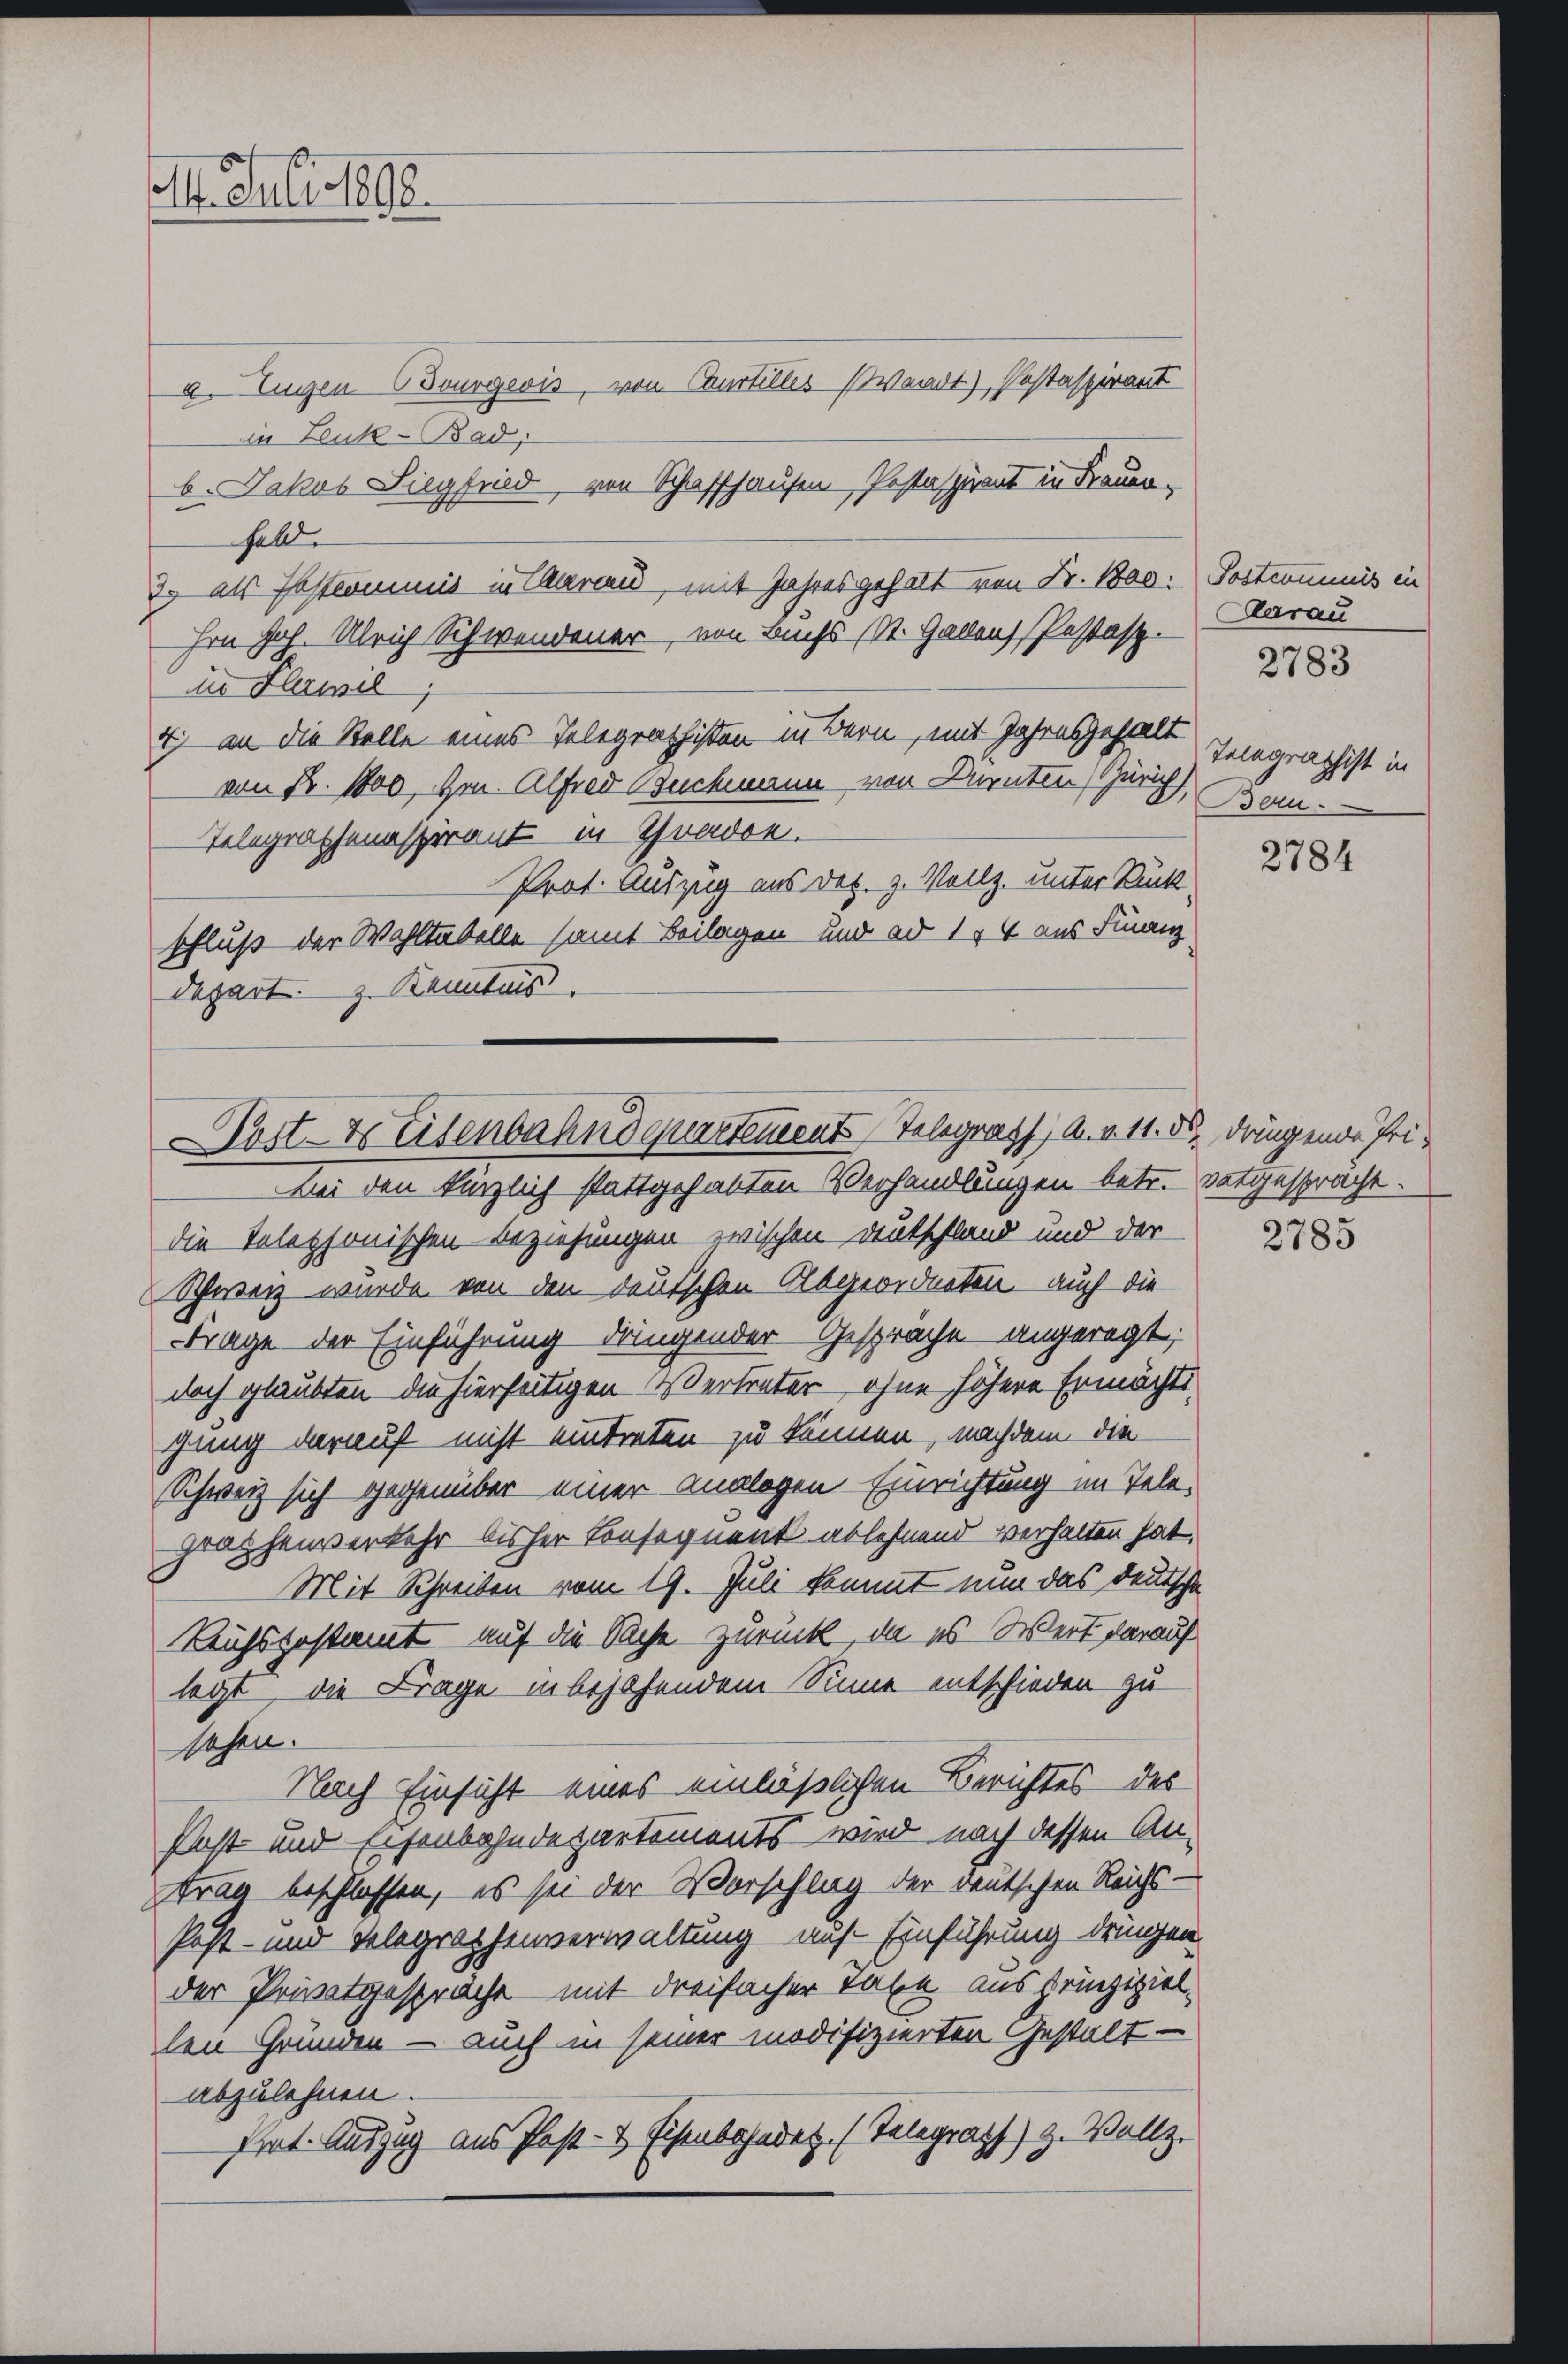
I. Juli 1892.

in Leuk-Bad;
halde
in Flermil
Telegraphenaspirant in Tradon.
schluß der Wahltabelle samt Beilagen und ad 1, 4 aus Finanz
depart. Z. Kenntnis.

ost- & Eisenbahndquartement Telegraff, A. v. 11.
Bei den kürzlich stattgehabten Verhandlungen betr. vatgespracht.

2. Eugen Bourgeois, von Caurtilles (Waadt), Pestaspirant
b. Jakus Siegfrid von Schaffhausen Pestaspirant in Frauen-
2. als Pastcommis in Charan mit Jahres gehalt von Fr. 100. Postcommis in
Hrn Joh. Ulrich Schwendener, von Buchs (St. Gallen, Pestasz.
d) an die Stelle eines Telegrathisten in Bern, mit Jahresgehalt
von Fr. 1800, Hr. Alfred Buchmann von Dürnten Zürich
Prof. Auszug aus Dez. z. Vollz. unter Rück¬

die Telephonischen Beziehungen zwischen Deutschland und der
Schweiz wurde von den deutschen Abgeordneten auch die
Frage der Einführung dringender Gespräche angeregt;
doch glaubten die hierseitigen Vertreter, ohne höhere Ermächte,
gung darauf nicht eintreten zu können, nachdem die
Schweiz sich gegenüber einer analogen. Einrichtung im Telegraphenverkehr bisher Consegnent ablehnend verhalten hat.
Mit Schreiben vom 19. Juli kommt nun das deutsche
Reichsgestamt auf die Sache zurück, da es Wert darauf
legt, die Frage in bejahendem Sinne entschieden zu
sehen.
Nach Einsicht eines einläßlichen Berichtes des
sast und Eisenbahndepartements wird nach dessen An-
ttrag beschlossen, es sei der Vorschlag der deutschen Reichs-
Post- und Telegraphenverwaltung auf Einführung dringen
der Privatgespräche mit dreifacher Taxe aus Prinzipiellen Gründen – auch in seiner modifizierten Gestalt-
abzulehnen.
Pret. Auszug aus Post- & Eisenbahndet. (Telegraph) z. Vollz

Aarau
Telegraphist in
Bern.
2784

d dringende Pri¬

2783

2785